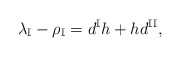
\begin{align*}\lambda_\mathbb{I}-\rho_{\mathbb{I}}=d^{\mathbb{I}} h+ h d^{\mathbb{II}}, \end{align*}